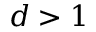
d > 1